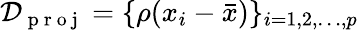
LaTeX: \mathcal{D}_{\mathrm{~p~r~o~j~}}=\{ \rho(x_{i}-\bar{x})\} _{i=1,2,\ldots,p}